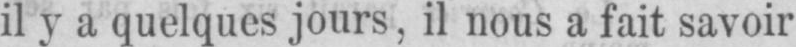
il y a quelques jours, il nous a fait savoir